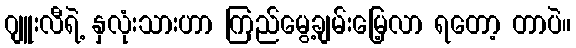
ဂျူးလီရဲ့ နှလုံးသားဟာ ကြည်မွေ့ချမ်းမြေ့လာ ရတော့ တာပဲ။